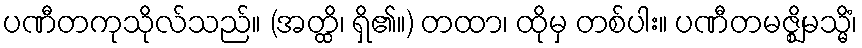
ပဏီတကုသိုလ်သည်။ (အတ္ထိ၊ ရှိ၏။) တထာ၊ ထိုမှ တစ်ပါး။ ပဏီတမဇ္ဈိမသ္မိံ၊